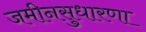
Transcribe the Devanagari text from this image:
जमीनसुधारणा